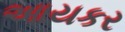
આયકર